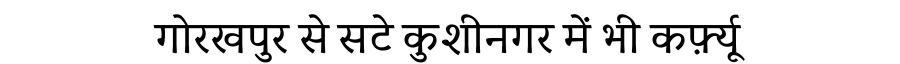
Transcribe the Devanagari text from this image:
गोरखपुर से सटे कुशीनगर में भी कर्फ़्यू